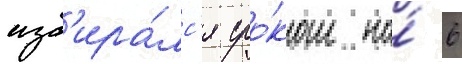
изб'ира́лс'я сро́ком на́ 6